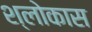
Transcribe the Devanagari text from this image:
श्लोकास